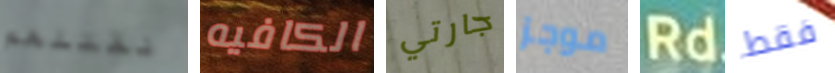
لقتلهم الكافيه جارتي موجز Rd فقط